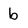
Character: b